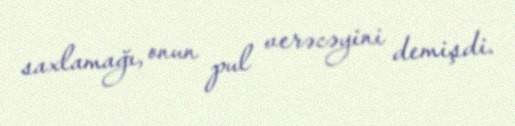
saxlamağı, onun pul verəcəyini demişdi.